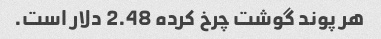
هر پوند گوشت چرخ کرده 2.48 دلار است.